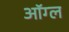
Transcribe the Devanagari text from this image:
ऑग्ल